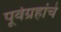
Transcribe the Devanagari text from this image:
पूर्वग्रहांचे